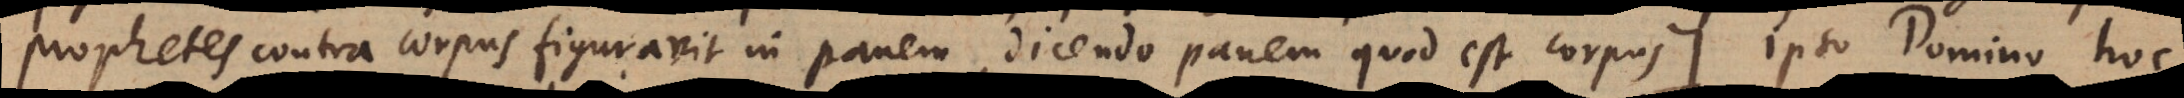
prophetes contra corpus figuravit in panem, dicendo panem quod est corpus:) ipso Domino hoc